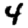
Digit: 4